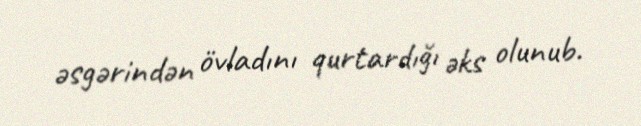
əsgərindən övladını qurtardığı əks olunub.